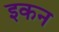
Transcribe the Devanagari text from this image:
इकन